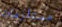
مستلزمات